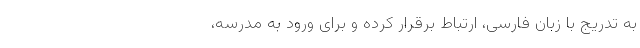
به تدریج با زبان فارسی، ارتباط برقرار کرده و برای ورود به مدرسه،